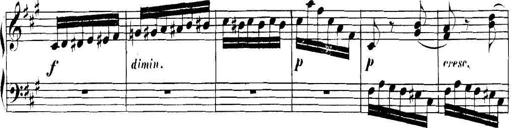
Title: Collected Piano Sonatas
Composer: Muzio Clementi